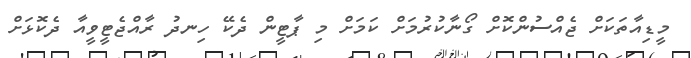
މީޑިއާތަކަށް ޖެއްސުންކޮށް ގޯނާކުރުމަށް ކަމަށް މި ޕާޓީން ދެކޭ ހިނދު ރާއްޖެޓީވީއާ ދެކޮޅަށް